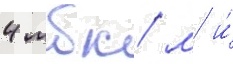
4 мбк/ м и́